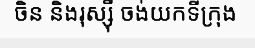
ចិន និងរុស្ស៊ី ចង់យកទីក្រុង